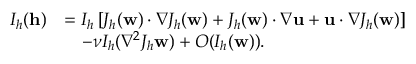
\begin{array} { r l } { I _ { h } ( \mathbf { h } ) } & { = I _ { h } \left[ J _ { h } ( \mathbf { w } ) \cdotp \nabla J _ { h } ( \mathbf { w } ) + J _ { h } ( \mathbf { w } ) \cdotp \nabla \mathbf { u } + \mathbf { u } \cdotp \nabla J _ { h } ( \mathbf { w } ) \right] } \\ & { \quad - \nu I _ { h } ( \nabla ^ { 2 } J _ { h } \mathbf { w } ) + O ( I _ { h } ( \mathbf { w } ) ) . } \end{array}